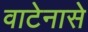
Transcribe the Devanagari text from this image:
वाटेनासे